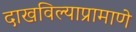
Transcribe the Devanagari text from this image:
दाखविल्याप्रामाणे